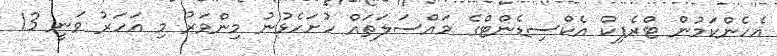
އެހެންކަމުން ޓްރެފިކް އެކްސިޑެންޓްގެ މައްސަލަތައް ހުށަހެޅުނު މިންވަރު މި އަހަރު ވަނީ 13